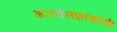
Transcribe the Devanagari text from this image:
कास्तेलफ्रांकोची